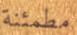
مطمئنة